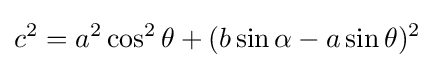
c^{2}=a^{2}\cos ^{2}\theta +(b\sin \alpha -a\sin \theta )^{2}